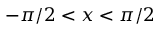
- \pi / 2 < x < \pi / 2